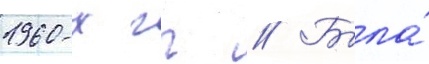
1960-х гг // Была́